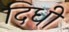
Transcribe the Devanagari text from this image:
दिधी